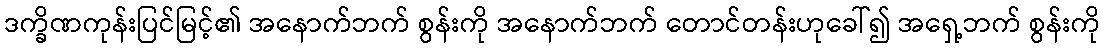
ဒက္ခိဏကုန်းပြင်မြင့်၏ အနောက်ဘက် စွန်းကို အနောက်ဘက် တောင်တန်းဟုခေါ်၍ အရှေ့ဘက် စွန်းကို